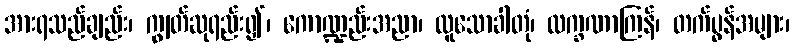
အားရသည်ချည်း၊ ကျွတ်ဆုရည်း၍၊ ကောဏ္ဍည်းအညာ၊ လူသောခါတုံ၊ လက္ခဏာကြန်၊ တက်ပွန်အများ၊